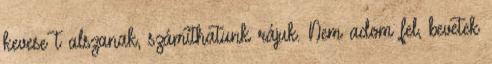
kevese t alszanak, számíthatunk rájuk. Nem adom fel, bevetek